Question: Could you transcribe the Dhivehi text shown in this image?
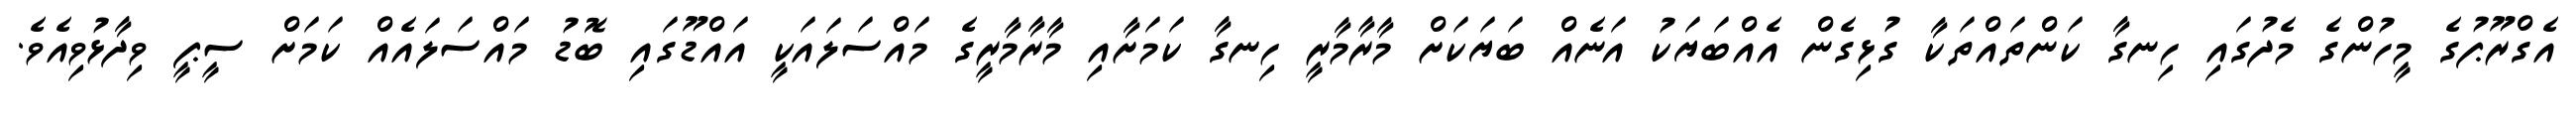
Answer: އެގްރޫޕުގެ މީހުންގެ މެދުގައި ހިނގާ ކަންތައްތަކާ ގުޅިގެން އެއްބަޔަކު އަނެއް ބަޔަކަށް މާރާމާރީ ހިނގާ ކަމަށާއި މާރާމާރީގެ މައްސަލައަކީ އައްޑޫގައި ބޮޑު މައްސަލައެއް ކަމަށް ސީޕީ ވިދާޅުވިއެވެ.